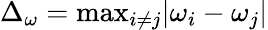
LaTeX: \Delta_{\omega}=\mathrm{max}_{i\neq j}|\omega_{i}-\omega_{j}|